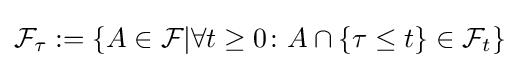
{\mathcal {F}}_{\tau }:=\{A\in {\mathcal {F}}\vert \forall t\geq 0\colon A\cap \{\tau \leq t\}\in {\mathcal {F}}_{t}\}